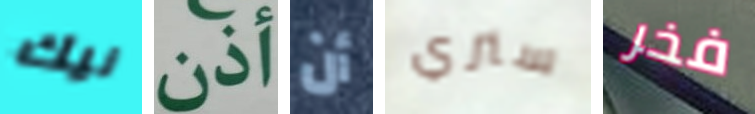
نيك أذن أن سنري فخر